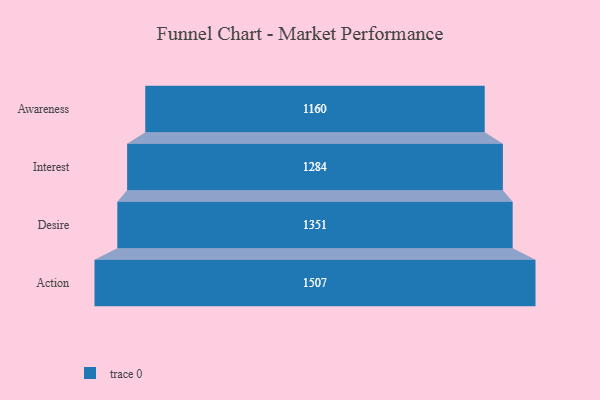
{"axis": {"x": "Stage", "y": "Value"}, "legend": [""], "data": [{"x": "Awareness", "y": 1160.0, "type": ""}, {"x": "Interest", "y": 1284.0, "type": ""}, {"x": "Desire", "y": 1351.0, "type": ""}, {"x": "Action", "y": 1507.0, "type": ""}]}